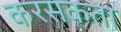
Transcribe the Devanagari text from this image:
करसकता